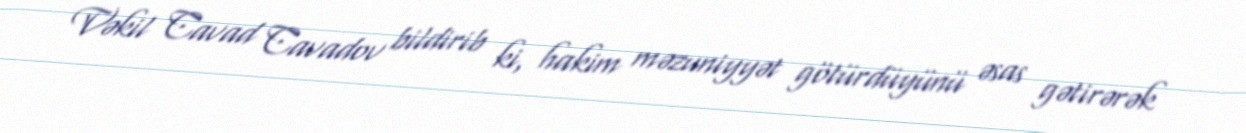
Vəkil Cavad Cavadov bildirib ki, hakim məzuniyyət götürdüyünü əsas gətirərək